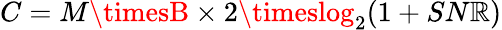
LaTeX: C=M\timesB\times2\timeslog_{2}(1+SN\mathbb{R})